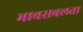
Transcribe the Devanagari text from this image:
भावसबलता